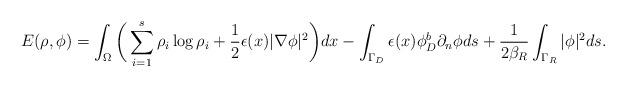
LaTeX: \begin{align*} E(\rho, \phi)= \int_{\Omega}\bigg( \sum_{i=1}^s \rho_i\log \rho_i+\frac{1}{2}\epsilon(x)|\nabla \phi|^2 \bigg )d x-\int_{\Gamma_D}\epsilon(x) \phi_D^b \partial_n\phi ds + \frac{1}{2\beta_R} \int_{\Gamma_R} |\phi|^2 ds. \end{align*}